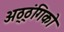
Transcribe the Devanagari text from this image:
अठ्ठ्ंगिको